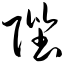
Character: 陛